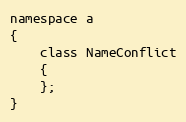
Language: C
namespace a
{
	class NameConflict
	{
	};
}